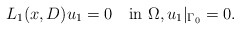
\begin{align*}L_1(x,D)u_1=0\quad\mbox{in}\,\,\Omega,u_1\vert_{\Gamma_0}=0.\end{align*}